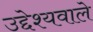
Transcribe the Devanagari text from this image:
उद्देश्यवाले